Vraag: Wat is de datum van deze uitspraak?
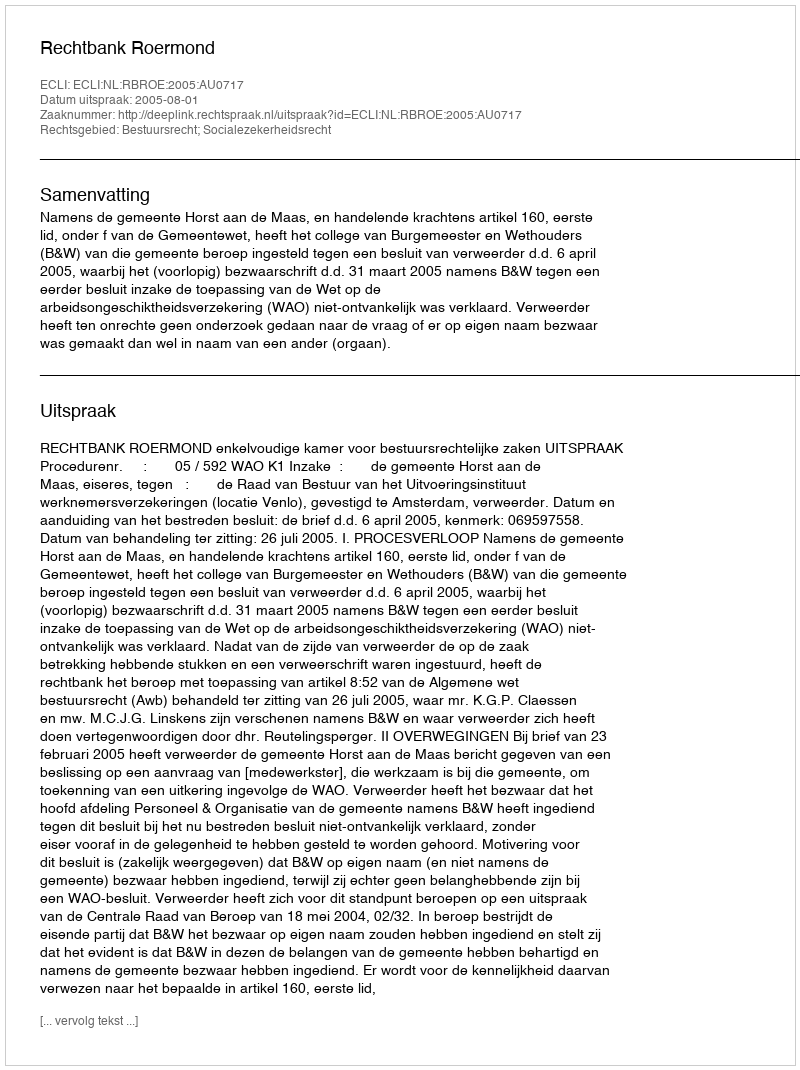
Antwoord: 2005-08-01